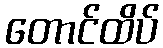
တောင်ထိပ်